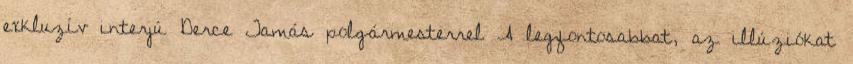
exkluzív interjú Derce Tamás polgármesterrel A legfontosabbat, az illúziókat